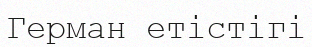
Герман етістігі